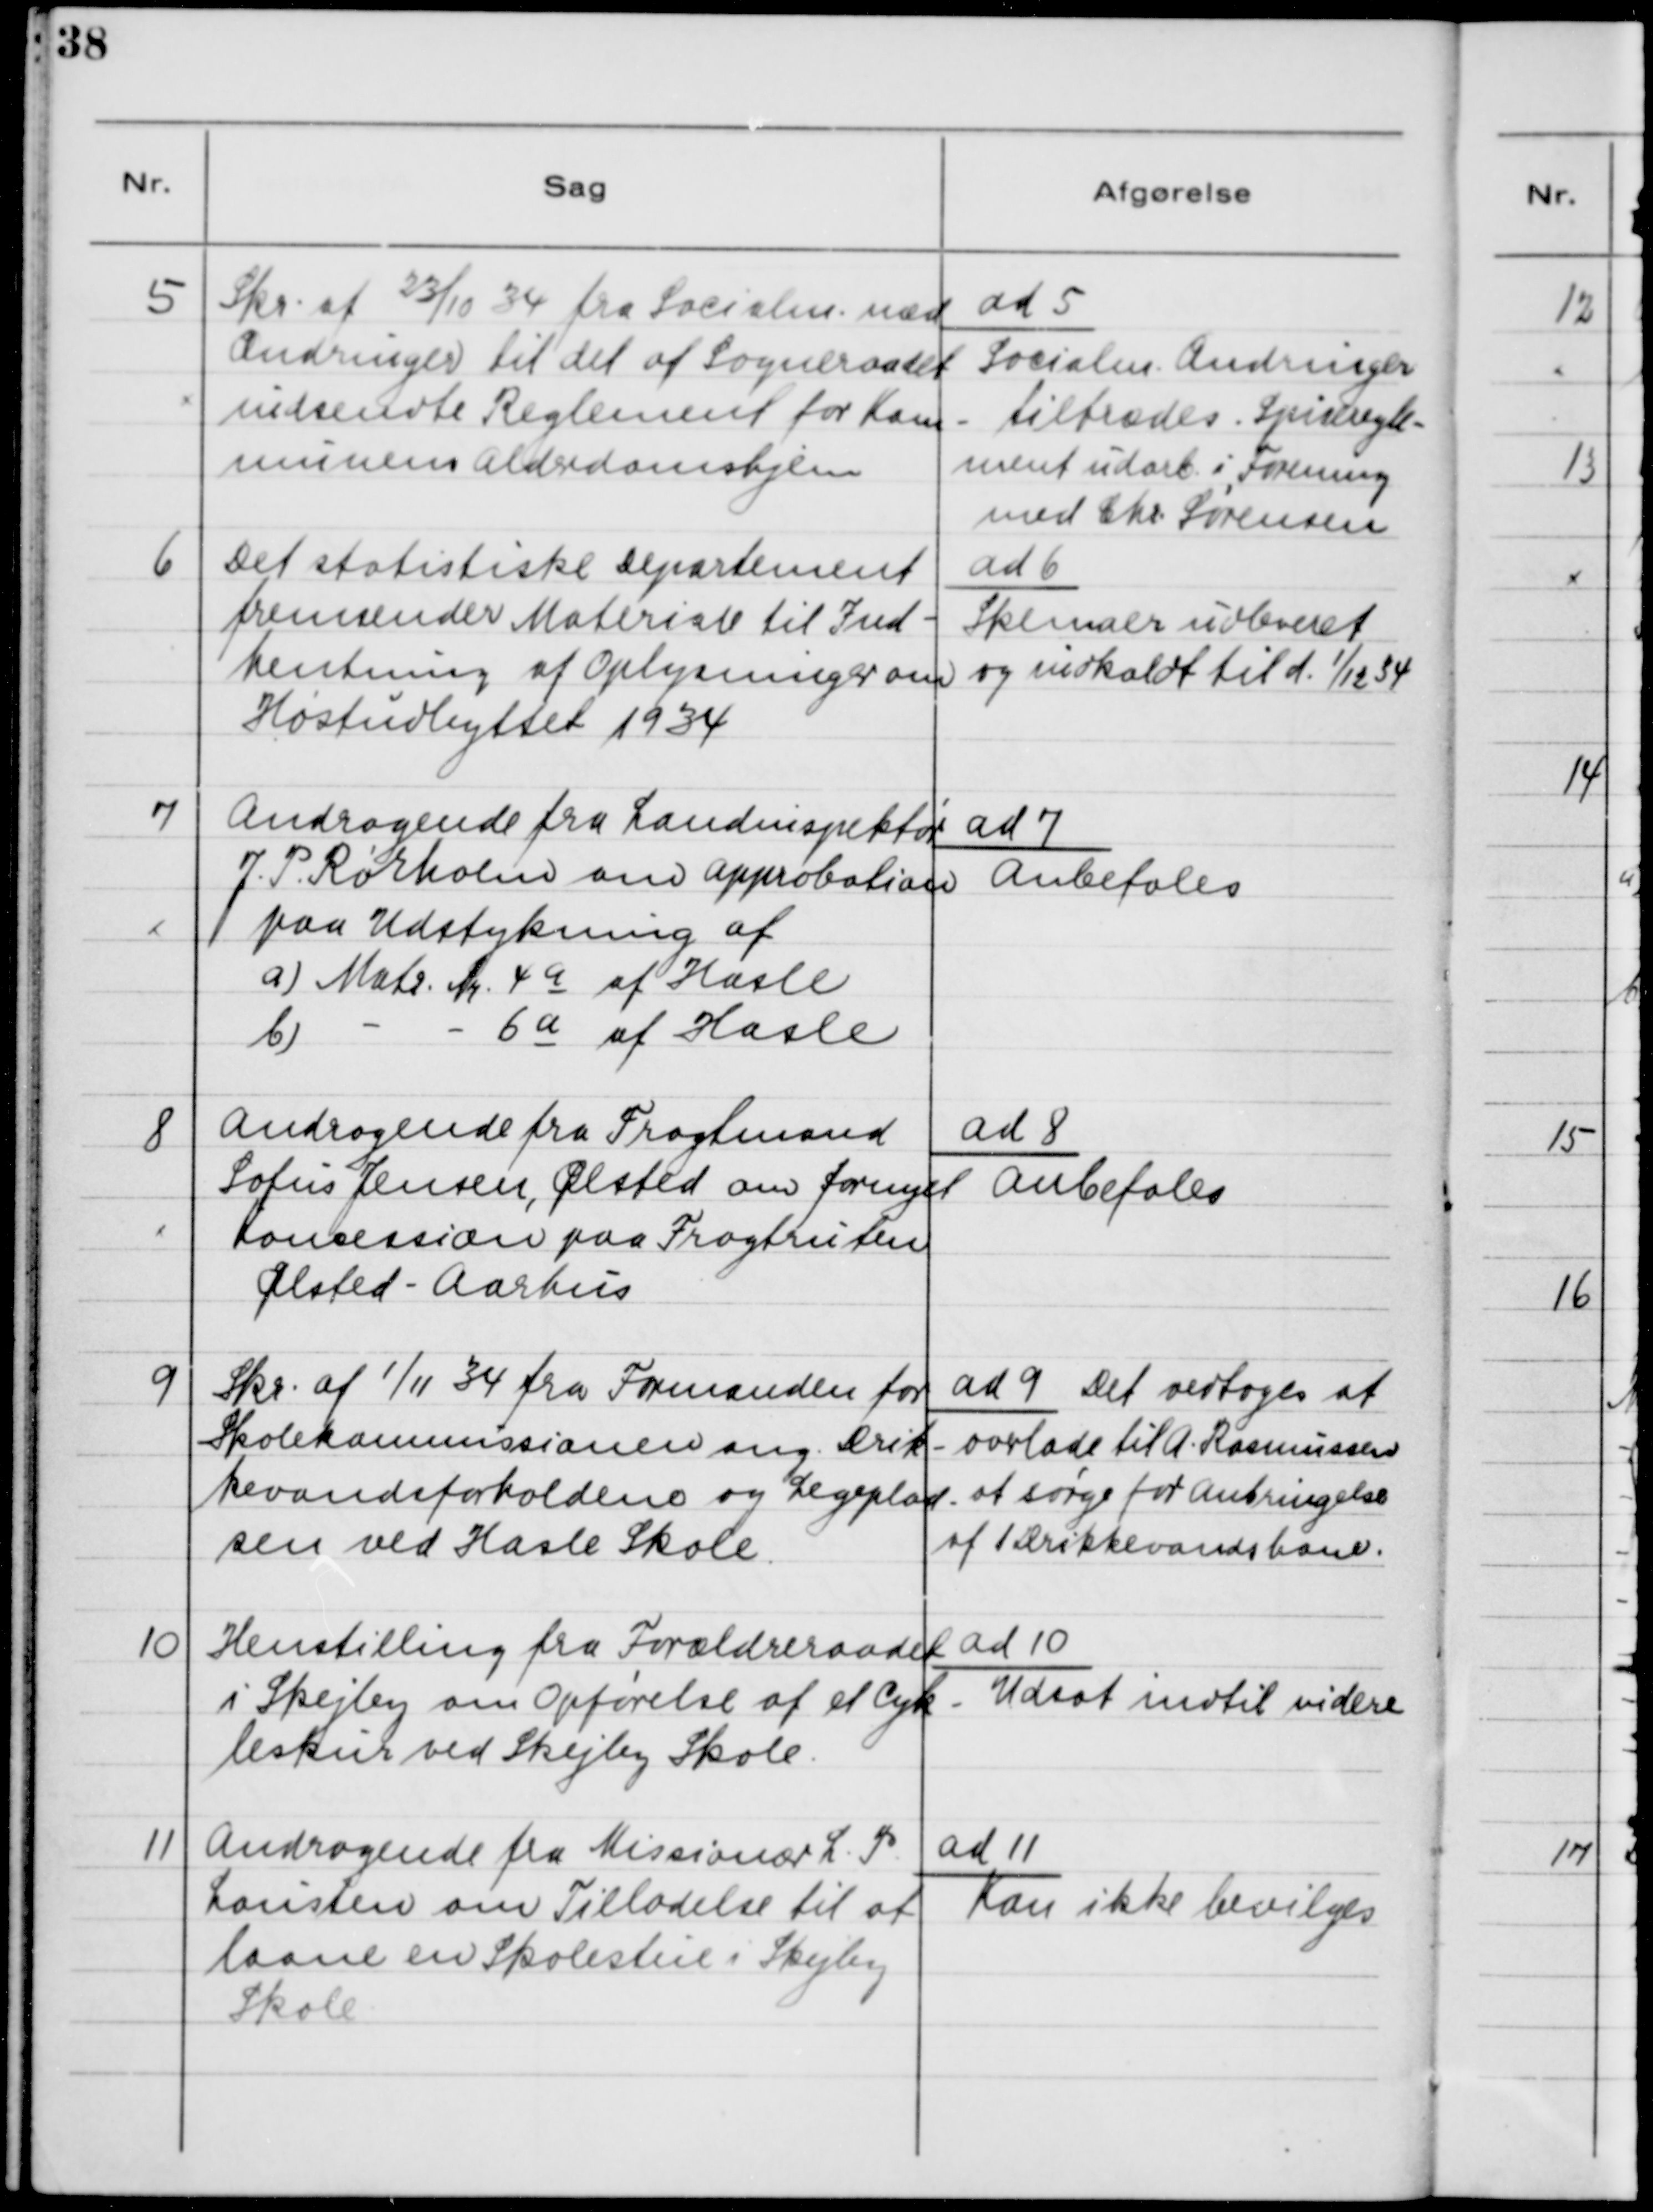
Transskription:
5

Skr. af 23/10 34 fra Socialm. med
Ændringer til det af Sogneraadet
indsendte Reglement for Kom-
munens Alderdomshjem.

ad 5.
Socialm. Ændringer
tiltrædes. Spiseregle-
ment udarb. i Forening
med Chr. Sørensen

6

Det statistiske Departemens
fremsender Materiale til Ind-
hentning af Oplysninger om
Høstudbyttet 1934

ad 6.
Skemaer udleveret
og indkaldt til d. 1/12 34

7

Andragende fra Landinspektør
J. P. Rørholm om Approbation 
paa Udstykning af
a) Matr. Nr. 4a af Hasle
b)
-
- 6 a af Hasle

ad 7
Anbefales

8

Andragende fra Fragtmand
Sofus Jensen, Ølsted om fornyet
Koncession paa Fragtruten
Ølsted - Aarhus

ad 8.
Anbefales

9

Skr. af 1/11 34 fra Formanden for
Skolekommissionen ang. Drik-
kevandsforholdene og Legeplad-
sen ved Hasle Skole.

ad 9  Det vedtoges at
overlade til A. Rasmussen
at sørge for Anbringelse 
af 1 Drikkevands hane.

10

Henstilling fra Forældreraadet
i Skejby om Opførelse af et Cyk-
leskur ved Skejby Skole.

ad 10
Udsat indtil videre

11

Andragende fra Missionær L. P.
Lausten om Tilladelse til at
laane en Skolestue i Skejby
Skole.

ad 11
Kan ikke bevilges